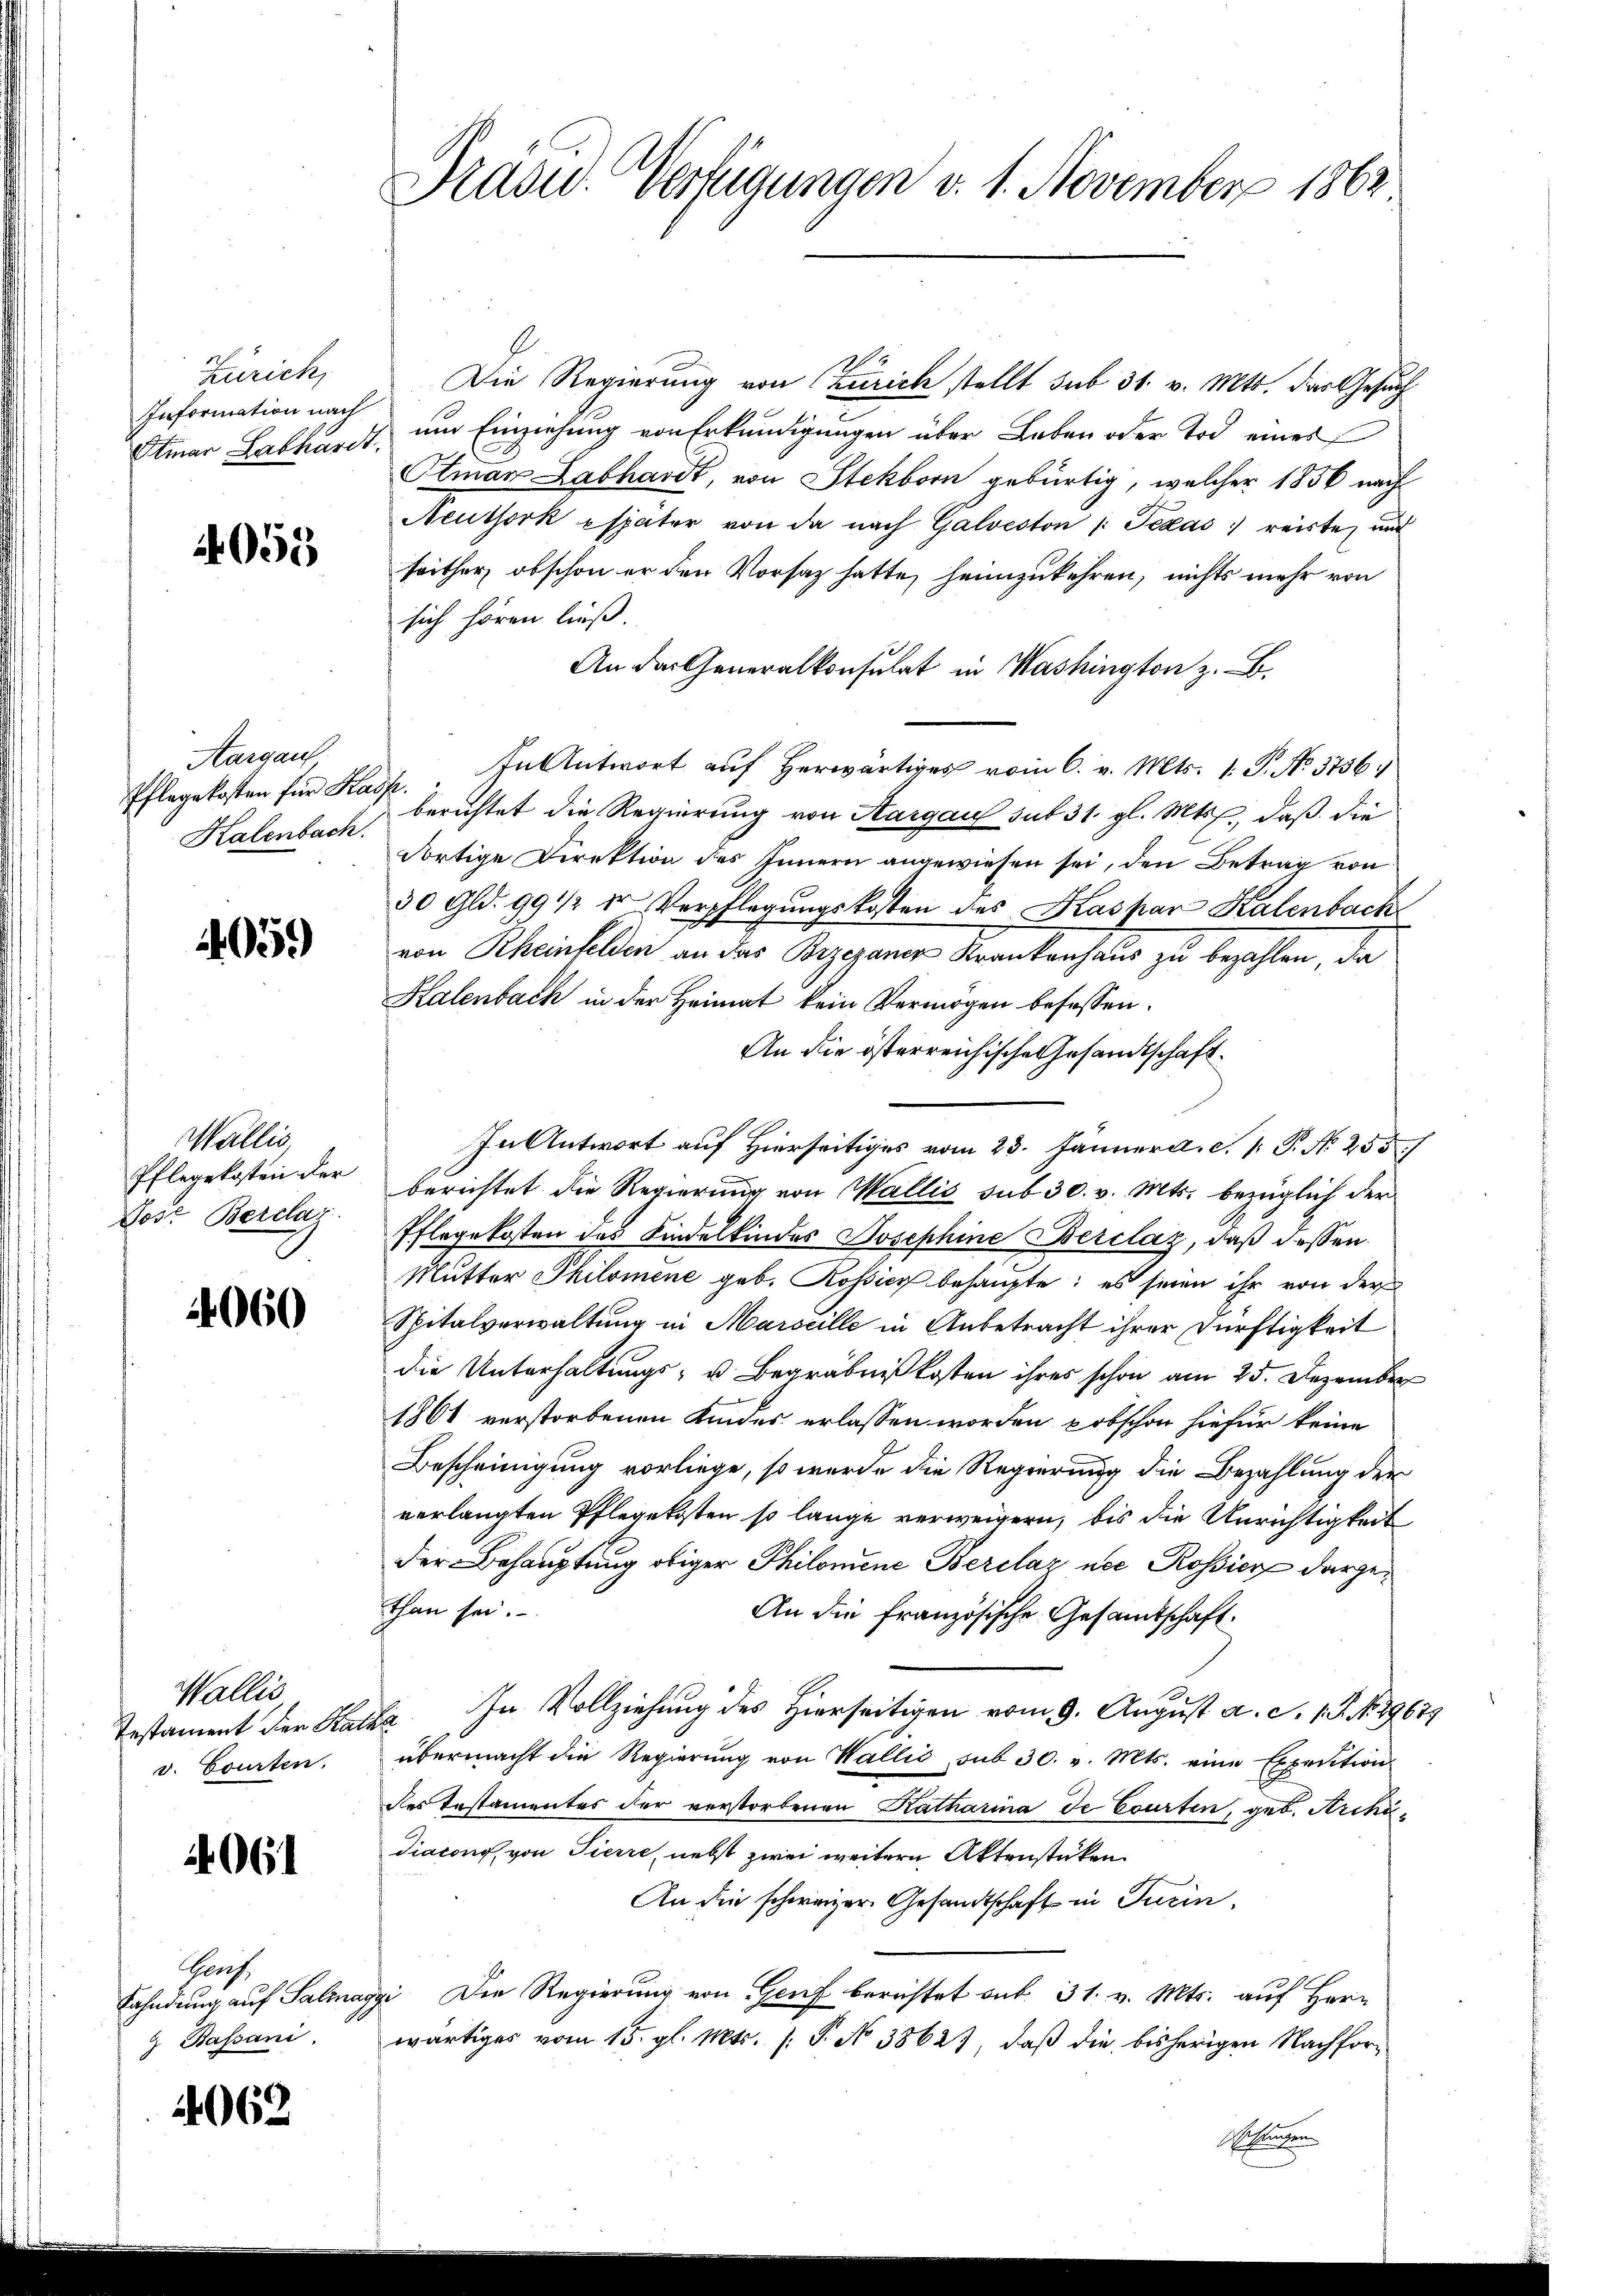
Zürich,
Information nach
Etmar Labharis

4055

Aargau
Pflegekosten für Ka
Kalenbach.

4959)

Wallis
Pflegekosten der
Lose Berclar

4060

Wallis
Testament der Stan
v. Courten.

2061

Graf,
Fahndung auf Salina
 Bassani.

062

Präsid. Verfügungen v. 1. November 1862

Die Regierung von Zürich stellt sub 31. v. Mts. das Gesuch
 um Einziehung von Erkundigungen über Leben oder Tod eines
Olmar Labhardt, von Stekborn gebürtig, welcher 1856 nach
Neuthork Espater von da nach Galveston Texas reiste, und
seither, obschon er den Vorsatz hatte heimzukehren, nichts mehr von
sich hören ließ.
An der Generalkonsulat in Washington z. B.
In Antwort auf herwärtiges vom 6. v. Mts. 1. P. No. 3756.
A.
berichtet die Regierung von Aargau sub 31. gl. Mts., daß die
dortige Direktion des Innern angewiesen sei, den Betrag von
30 Gld. 99 1/2 u Verpflegŭngskosten des Kaspar Kalenbach
von Rheinfelden an das Brzezaner Krankenhaus zu bezahlen, da
Kalenbach in der Heimat kein Vermögen befassen.
An die österreichische Gesandtschaft.
In Antwort auf Hierseitiges vom 23. Jänner a. c. 1. P. N. 255
berichtet die Regierung von Wallis sub 30. v. Mts. bezüglich der
Pflegekosten des Kindelkindes Josephine Berclaz, daß dessen
Mutter Philomene geb. Rossier behaupte: es seien ihr von der
Spitalverwaltung in Marseille in Anbetracht ihrer Dürftigkeit
die Unterhaltungs- u. Begräbnißkosten ihres schon am 25. Dezember
1861 verstorbenen Kindes erlassen worden pobschon hiefür keine
Bescheinigung vorliege, so wurde die Regierung die Bezahlung der
verlangten Pflegekosten so lange verweigern, bis die Unrichtigkeit
der Behauptung obiger Philomene Berclaz nec Rossier darge¬
Ethan sei.
An die französische Gesamtschaft:
xa. In Vollziehung des Hierseitigen vom 9. August a. S. 15. No. 29677
übermacht die Regierung von Wallić, sub 30. v. Mts. eine Expedition
des Testamentes der verstorbenen Katharina de Courten, geb. Archä¬
Diacon von Tierre, nebst zwei weitern Aktenstücken.
An die schweizer Gesandtschaft in Turin,
 Die Regierung von Genf berichtet sub 31. v. Mts. auf Herr
wärtiges vom 15. gl. Mts. (T. No 38627, daß die bisherigen Nachforhrungen